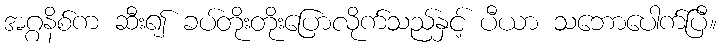
အဂ္ဂနိစ်က ဆီး၍ ခပ်တိုးတိုးပြောလိုက်သည်နှင့် ပီယာ သဘောပေါက်ပြီ။